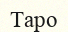
Таро